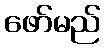
ဖော်မည်